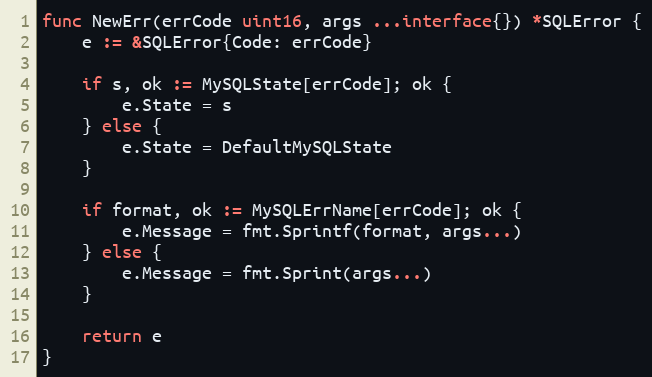
Language: Go
func NewErr(errCode uint16, args ...interface{}) *SQLError {
	e := &SQLError{Code: errCode}

	if s, ok := MySQLState[errCode]; ok {
		e.State = s
	} else {
		e.State = DefaultMySQLState
	}

	if format, ok := MySQLErrName[errCode]; ok {
		e.Message = fmt.Sprintf(format, args...)
	} else {
		e.Message = fmt.Sprint(args...)
	}

	return e
}